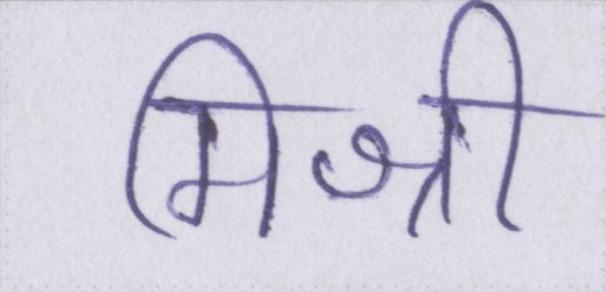
मिश्री